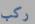
ركب